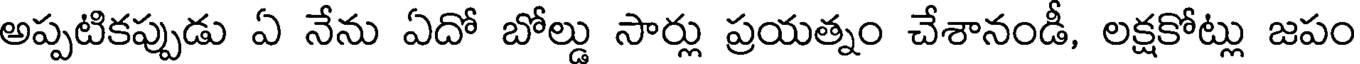
అప్పటికప్పుడు ఏ నేను ఏదో బోల్డు సార్లు ప్రయత్నం చేశానండీ, లక్షకోట్లు జపం